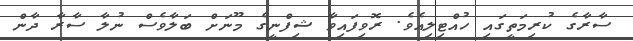
ސާރާގެ ކުރިމަތީގައި ހުއްޓިލިއެވެ. ރޮވިފައިވާ ޝިފްނީގެ މޫނަށް ބަލާވެސް ނުލާ ސާރާ ދާން